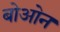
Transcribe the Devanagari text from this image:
बोओन